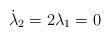
LaTeX: \begin{align*}\dot{\lambda}_2 = 2\lambda_1 = 0\end{align*}